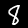
Label: 8